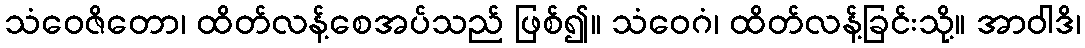
သံဝေဇိတော၊ ထိတ်လန့်စေအပ်သည် ဖြစ်၍။ သံဝေဂံ၊ ထိတ်လန့်ခြင်းသို့။ အာဝါဒိ၊